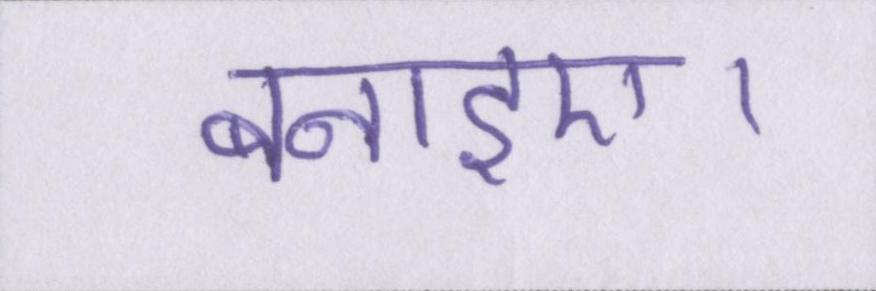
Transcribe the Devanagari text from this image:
बनाइए।